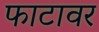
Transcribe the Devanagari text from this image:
फाटावर